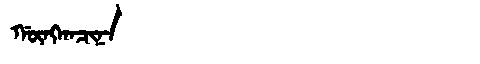
Manchu: ᡤᡡᠩᡴᠠᠴᡳᠨᠠ
Romanization: GŪNGKACINA